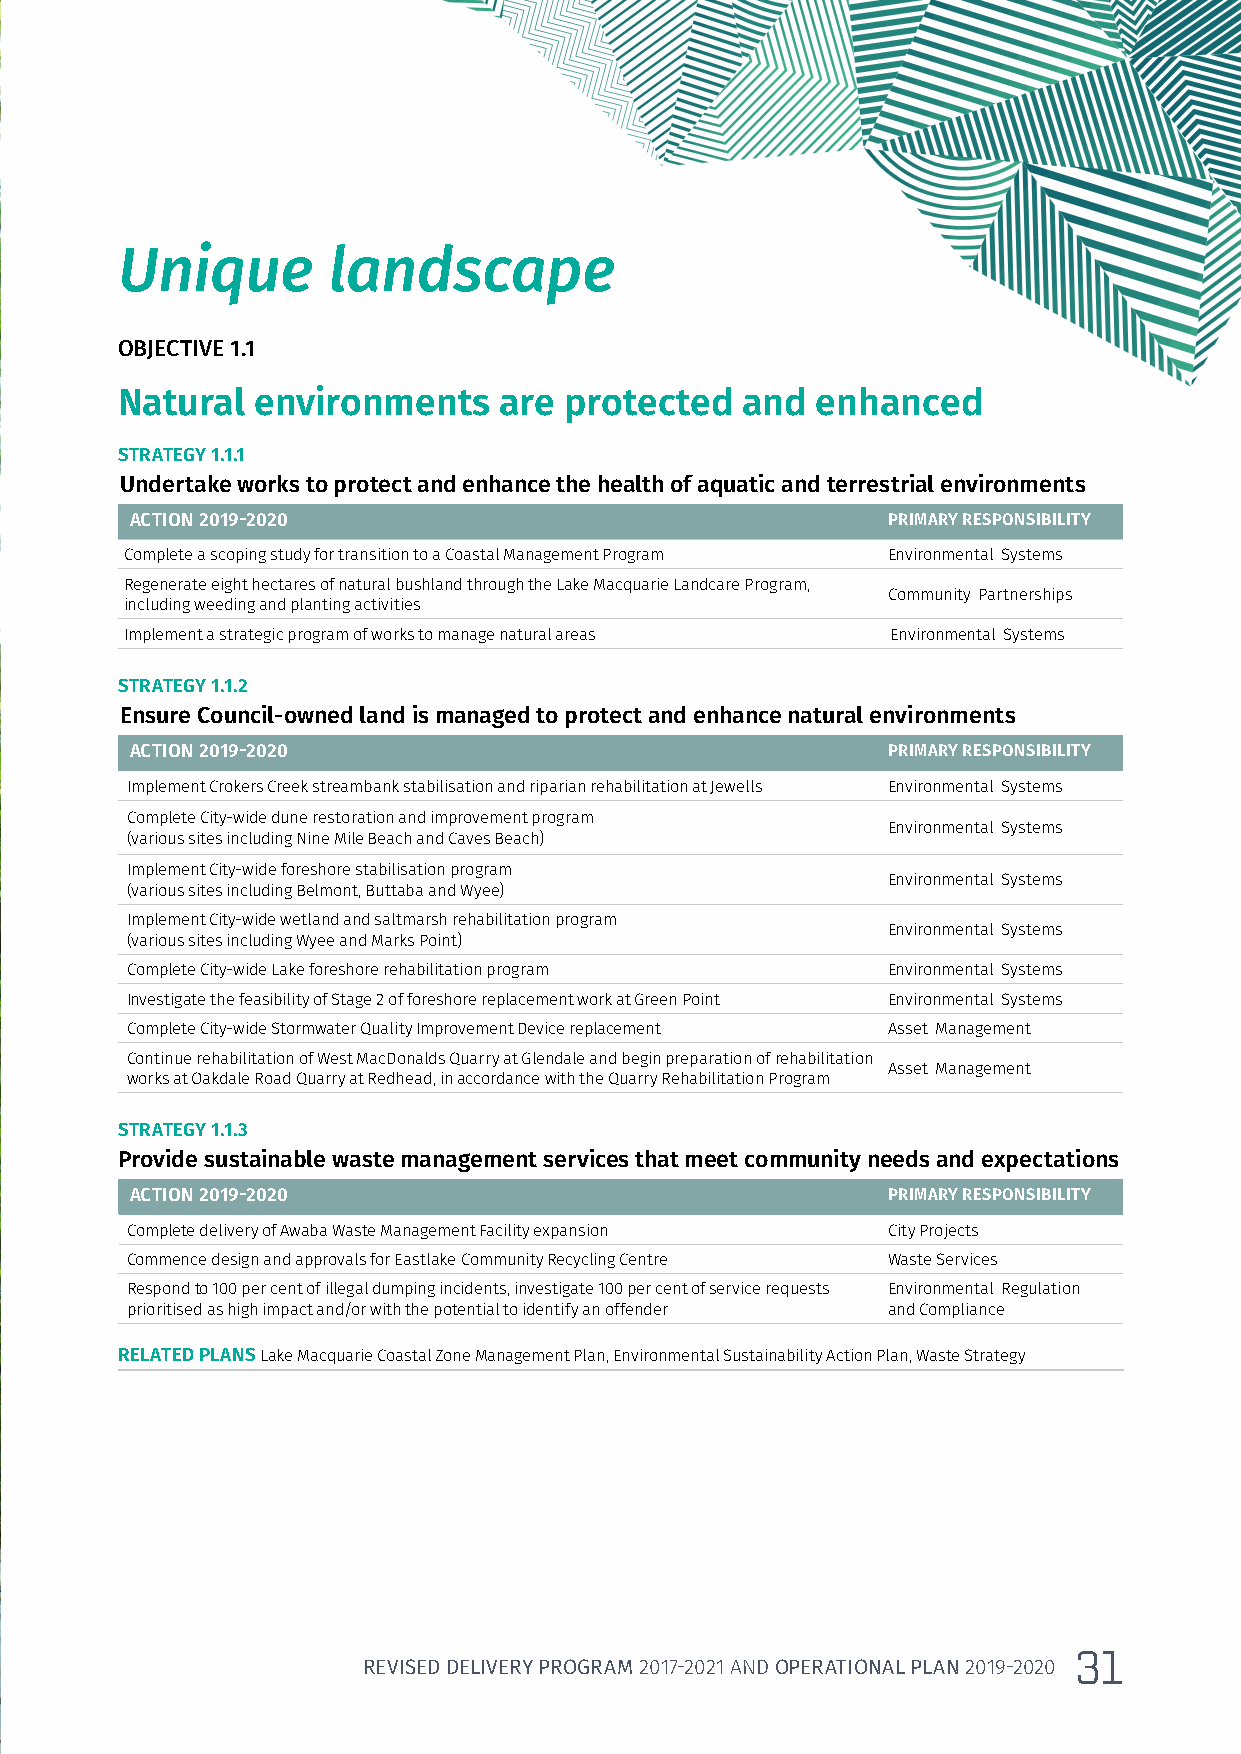
Unique        landscape
 OBJECTIVE 1.1
 Natural  environments    are protected   and  enhanced
 STRATEGY 1.1.1
 Undertake works to protect and enhance the health of aquatic and terrestrial environments
 ACTION 2019-2020                                  PRIMARY RESPONSIBILITY
 Complete a scoping study for transition to a Coastal Management Program Environmental Systems
 Regenerate eight hectares of natural bushland through the Lake Macquarie Landcare Program,
 Community Partnerships
 including weeding and planting activities
 Implement a strategic program of works to manage natural areas Environmental Systems
 STRATEGY 1.1.2
 Ensure Council-owned land is managed to protect and enhance natural environments
 ACTION 2019-2020                                  PRIMARY RESPONSIBILITY
 Implement Crokers Creek streambank stabilisation and riparian rehabilitation at Jewells Environmental Systems
 Complete City-wide dune restoration and improvement program
 Environmental Systems
 (various sites including Nine Mile Beach and Caves Beach)
 Implement City-wide foreshore stabilisation program
 Environmental Systems
 (various sites including Belmont, Buttaba and Wyee)
 Implement City-wide wetland and saltmarsh rehabilitation program
 Environmental Systems
 (various sites including Wyee and Marks Point)
 Complete City-wide Lake foreshore rehabilitation program Environmental Systems
 Investigate the feasibility of Stage 2 of foreshore replacement work at Green Point Environmental Systems
 Complete City-wide Stormwater Quality Improvement Device replacement Asset Management
 Continue rehabilitation of West MacDonalds Quarry at Glendale and begin preparation of rehabilitation
 Asset Management
 works at Oakdale Road Quarry at Redhead, in accordance with the Quarry Rehabilitation Program
 STRATEGY 1.1.3
 Provide sustainable waste management services that meet community needs and expectations
 ACTION 2019-2020                                  PRIMARY RESPONSIBILITY
 Complete delivery of Awaba Waste Management Facility expansion City Projects
 Commence design and approvals for Eastlake Community Recycling Centre Waste Services
 Respond to 100 per cent of illegal dumping incidents, investigate 100 per cent of service requests Environmental Regulation
 prioritised as high impact and/or with the potential to identify an offender and Compliance
 RELATED PLANS Lake Macquarie Coastal Zone Management Plan, Environmental Sustainability Action Plan, Waste Strategy
 31
 REVISED DELIVERY PROGRAM 2017-2021 AND OPERATIONAL PLAN 2019-2020